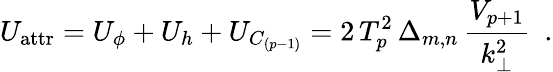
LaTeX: U_{\mathrm{attr}}=U_{\phi}+U_{h}+U_{C_{(p-1)}}=2\, T_{p}^{2}\, \Delta_{m,n}\, \frac{V_{p+1}}{k_{\bot}^{2}}~~.